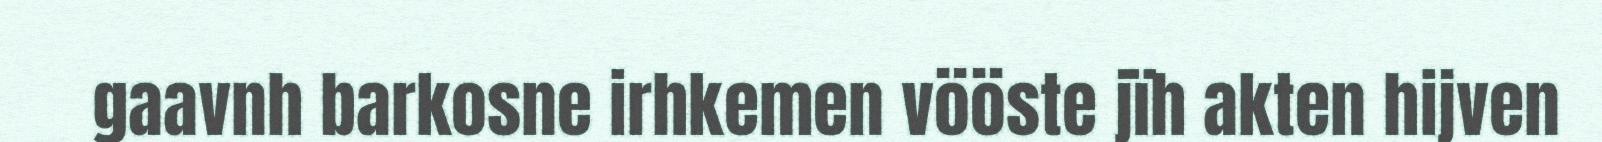
gaavnh barkosne irhkemen vööste jïh akten hijven